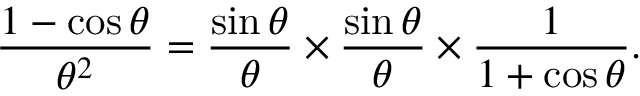
{ \frac { 1 - \cos \theta } { \theta ^ { 2 } } } = { \frac { \sin \theta } { \theta } } \times { \frac { \sin \theta } { \theta } } \times { \frac { 1 } { 1 + \cos \theta } } .